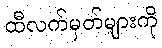
ထီလက်မှတ်များကို